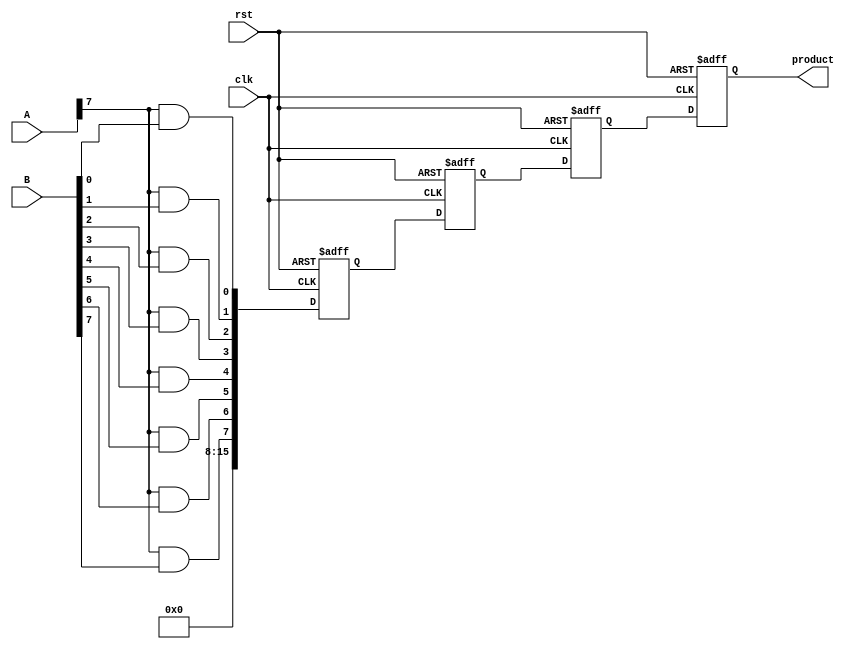
module PipelinedWallaceTreeMultiplier #(
    parameter N = 8, // Bit-width of inputs
    parameter STAGES = 3 // Number of pipeline stages
)(
    input clk,
    input rst,
    input [N-1:0] A,
    input [N-1:0] B,
    output reg [2*N-1:0] product
);

    // Intermediate signals
    wire [N*N-1:0] partial_products;
    wire [2*N-1:0] stage_out [0:STAGES-1];
    reg [2*N-1:0] stage_reg [0:STAGES-1];

    // Partial Product Generation
    genvar i, j;
    generate
        for (i = 0; i < N; i = i + 1) begin : pp_gen
            for (j = 0; j < N; j = j + 1) begin : pp_and
                assign partial_products[i*N + j] = A[i] & B[j];
            end
        end
    endgenerate

    // Wallace Tree Reduction
    // Stage 0: Initial grouping of partial products
    assign stage_out[0] = {partial_products[N*N-1:N*N-2], partial_products[N*N-3:N*N-4], partial_products[N*N-5:N*N-6], partial_products[N*N-7:N*N-8]}; // Example grouping

    // Additional stages can be defined similarly
    generate
        genvar k;
        for (k = 1; k < STAGES; k = k + 1) begin : reduction_stages
            // Example reduction logic (this needs to be expanded for a full Wallace tree)
            assign stage_out[k] = stage_out[k-1] + (stage_out[k-1] >> 1); // Simplified reduction
        end
    endgenerate

    // Pipelining registers
    always @(posedge clk or posedge rst) begin
        if (rst) begin
            stage_reg[0] <= 0;
            stage_reg[1] <= 0;
            stage_reg[2] <= 0;
            product <= 0;
        end else begin
            stage_reg[0] <= stage_out[0];
            stage_reg[1] <= stage_reg[0];
            stage_reg[2] <= stage_reg[1];
            product <= stage_reg[STAGES-1];
        end
    end

endmodule